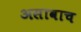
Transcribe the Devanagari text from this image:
असावाच